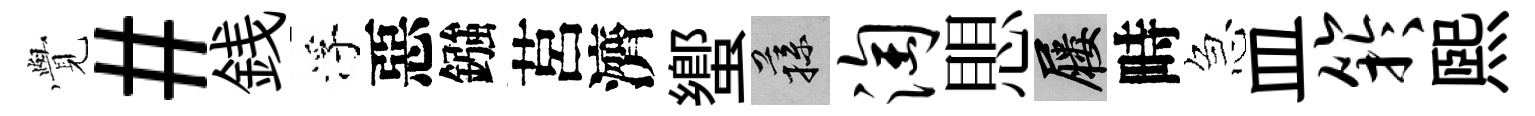
𮗜#銭浮惡鏹莒濟蠁蓀淘愳屨畤急皿竽熙